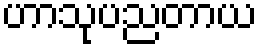
ဟာသုပညတာယ